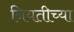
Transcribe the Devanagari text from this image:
नियतीच्या